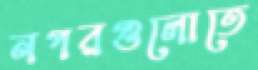
নগরগুলোতে